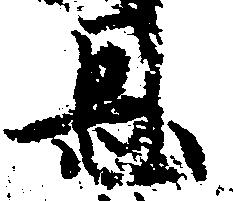
恩